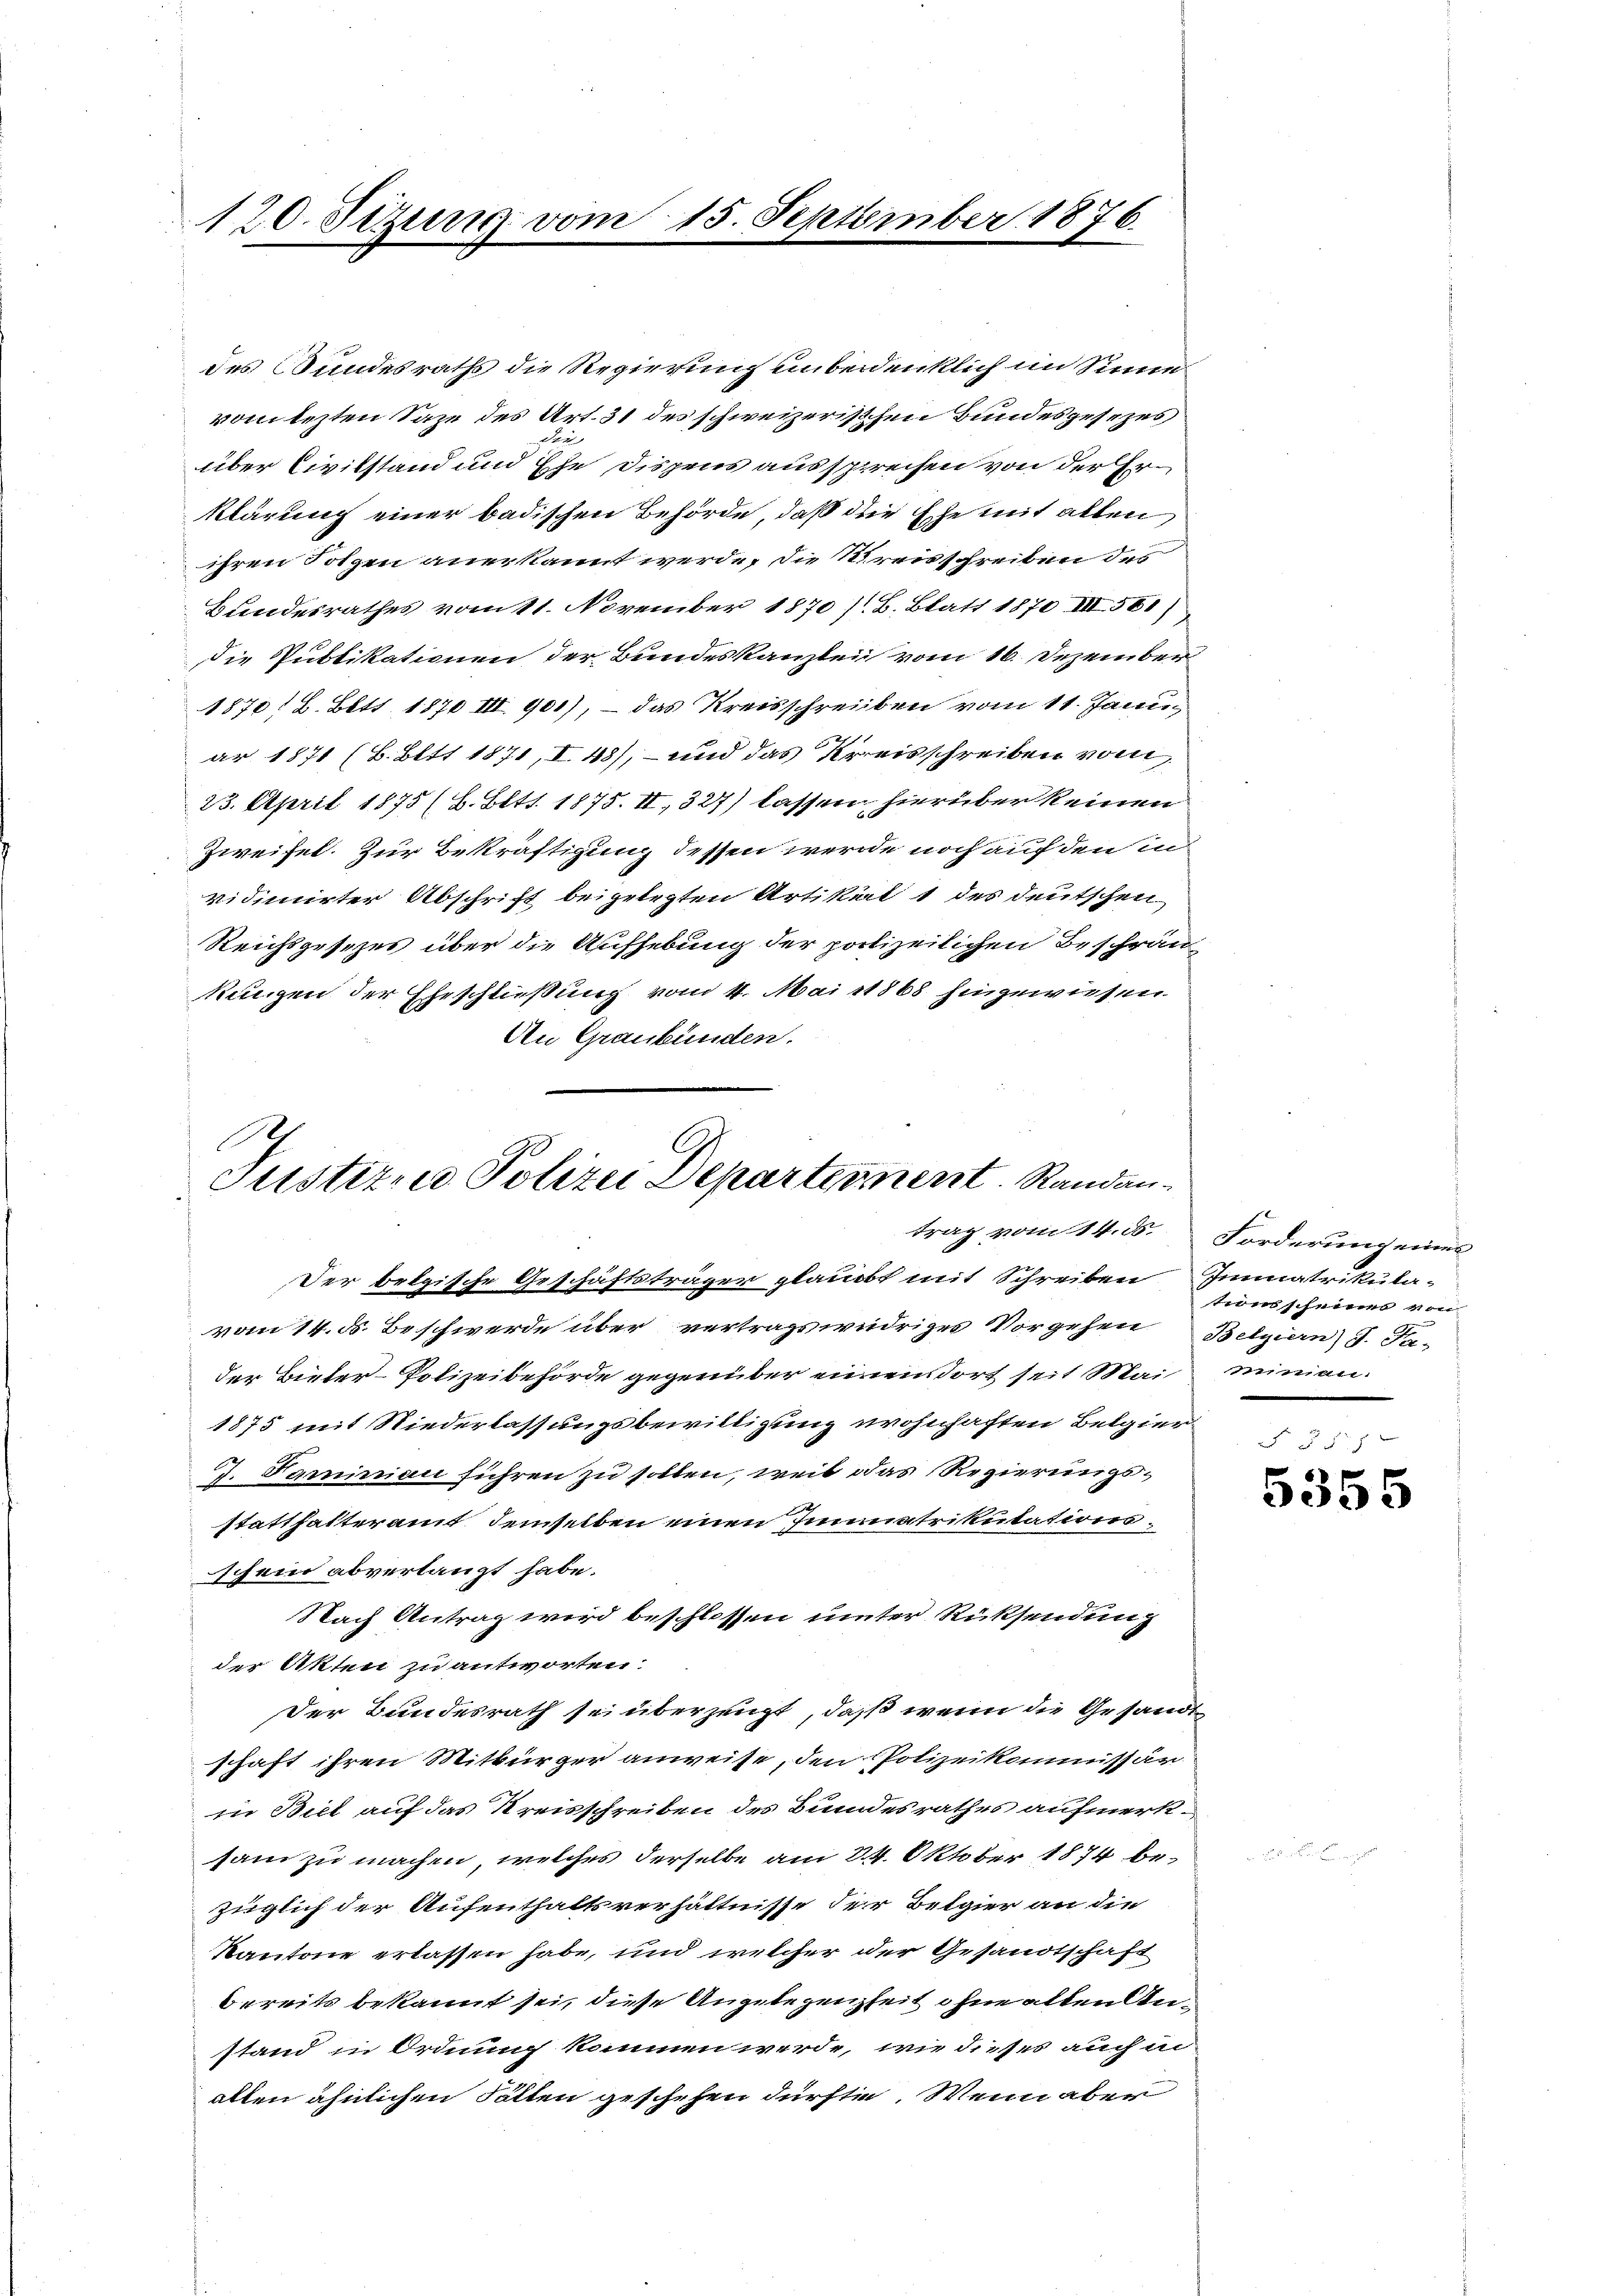
120. Sizung vom 15. September 1876.

des Bundesraths die Regierung unbedenklich im Sinne
vom lezten Saze des Art. 31 des schweizerischen Bundesgesezes
be
über Civilstand und Ehe dispens aussprechen von der Erklärung einer badischen Behörde, daß die Ehe mit allen
ihren Folgen anerkannt werde, die Streisschreiben des
Bundesrathes vom 11. November 1870/B. Blatt 1870. III 561)
die Publikationen der Bundeskanzlei vom 16. Dezember
1870 l. Bett 1870 III 901), – das Kreisschreiben vom 11. Janu
ar 1871 (B. Bett 1871, I. 48), und das Kreisschreiben vom
23. April 1875 (6. Bett. 1875. II, 327) lassen hierüber keinen
Zweifel. Zur Bekräftigung dessen werde noch auf den in
vidimirter Abschrift beigelegten Artikel 1 des deutschen
Reichsgesezes über die Aufhebung der polizeilichen Beschrän-
kungen der Eheschließung vom 4. Mai 1868 hinzuwiesen.
An Graubünden.

1
Justizen Polizei Departement Randan¬

Der belgische Geschäftsträger glaubt mit Schreiben Immatrikula-
vom 14. d. Beschwerde über vertragswidriges Vorgehen Belgiern J. Fader Bieter-Polizeibehörde gegenüber einen dort seit Mai minien
1875 mit Niederlassungsbewilligung wohnhaften Belgier
d. Faminian führen zu sollen, weil das Regierungsstatthalteramt, demselben einen Immatrikulationsschein abverlangt habe.
Nach Antrag wird beschlossen unter Rücksendung
der Akten zu antworten.
Der Bundesrath sei überzeugt, daß wenn die Gesandt
schaft ihren Mitbürger anweise, den Polizeikommissär
in Biel auf das Kreisschreiben des Bundesrathes aufmerksam zu machen, welches derselbe am 24. Oktober 1874 bezüglich der Aufenthaltsverhältnisse der Belgier an die
Kantone erlassen habe, und welcher der Gesandtschaft
bereits bekannt sei, diese Angelegenheit ohne alten Anstand in Ordnung kommen werde, wie dieses auch in
alten ähnlichen Fällen geschehen dürfte. Wenn aber

trag vom 14. ds. Forderung eines
tiersscheinen von

5355